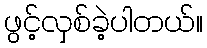
ဖွင့်လှစ်ခဲ့ပါတယ်။